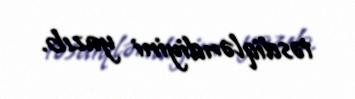
təsdiqləndiyini yazıb.